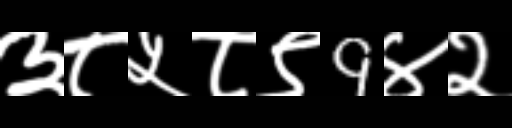
Text: ३८५८९9४२